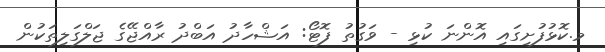
މ.ކޮޅުފުށިގައި އޮންނަ ކުޅި - ވަގުތު ފޮޓޯ: އަޝްހާދު އަބްދު ރާއްޖޭގެ ޖަލްގަލިތަކުން